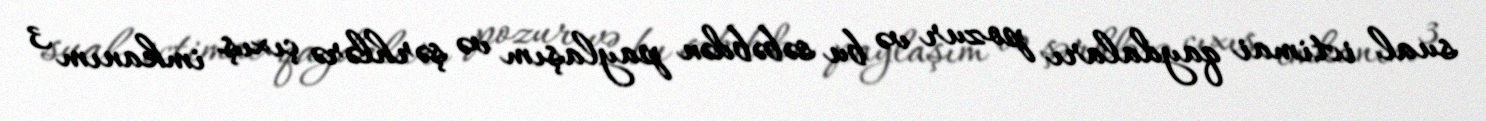
sual ictimai qaydaları pozur və bu səbəbdən paylaşım və şərhlərə çıxış imkanım 3